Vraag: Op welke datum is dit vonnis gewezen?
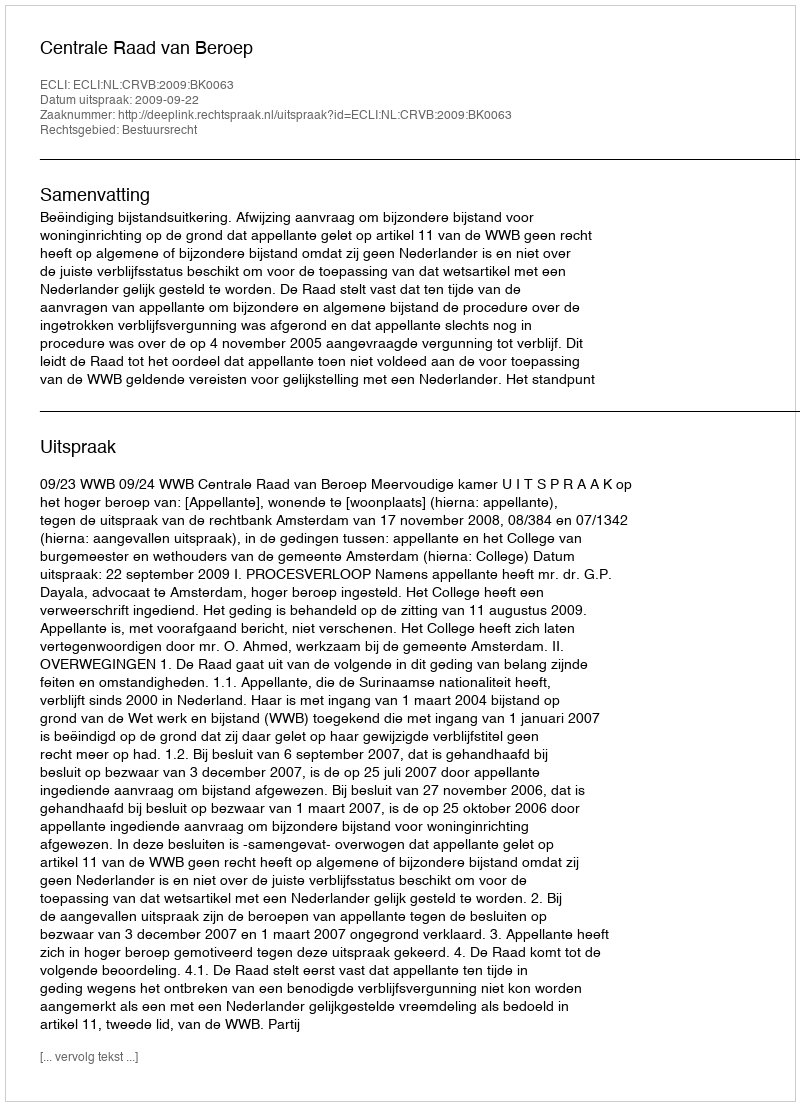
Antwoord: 2009-09-22